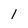
Character: 1